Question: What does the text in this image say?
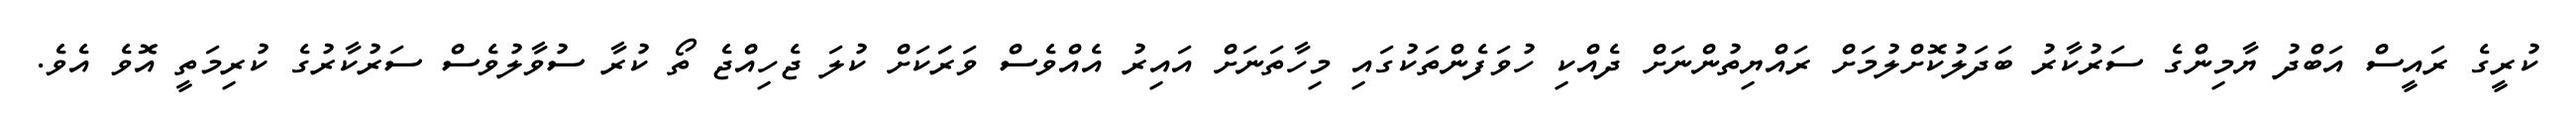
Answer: ކުރީގެ ރައީސް އަބްދު ޔާމިންގެ ސަރުކާރު ބަދަލުކޮށްލުމަށް ރައްޔިތުންނަށް ދެއްކި ހުވަފެންތަކުގައި މިހާތަނަށް އައިރު އެއްވެސް ވަރަަކަށް ކުލަ ޖެހިއްޖެ ތޯ ކުރާ ސުވާލުވެސް ސަރުކާރުގެ ކުރިމަތީ އޮވެ އެވެ.